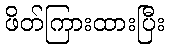
ဖိတ်ကြားထားပြီး